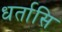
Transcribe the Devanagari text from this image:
धर्तासि